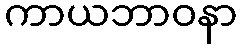
ကာယဘာဝနာ